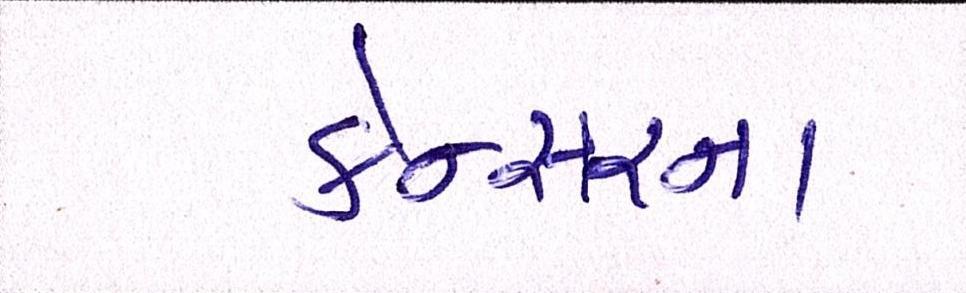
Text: કેન્સરના